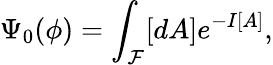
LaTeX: \Psi_{0}(\phi)=\int_{\cal F}[dA]e^{-I[A]},